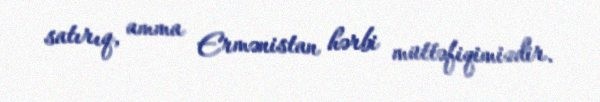
satırıq, amma Ermənistan hərbi müttəfiqimizdir.